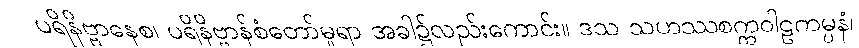
ပရိနိဗ္ဗာနေစ၊ ပရိနိဗ္ဗာန်စံတော်မူရာ အခါ၌လည်းကောင်း။ ဒသ သဟဿစက္ကဝါဠကမ္ပနံ၊